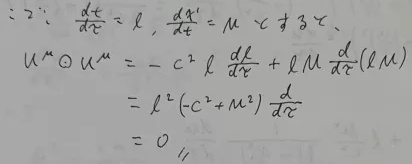
\[
\begin{align*}
&\text{已知}\frac{dx}{d\tau}=l,\frac{dx'}{d\tau}=m\ ( \tau\neq 3\tau)\\
&u^{\mu}\partial_{\mu}u^{\mu}=-c^{2}l\frac{dl}{d\tau}+lm\frac{d}{d\tau}(lm)\\
&=l^{2}(-c^{2}+m^{2})\frac{d}{d\tau}\\
&=0
\end{align*}
\]